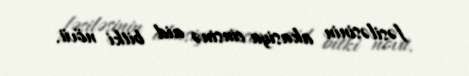
fəsiləsinin akasiya cinsinə aid bitki növü.